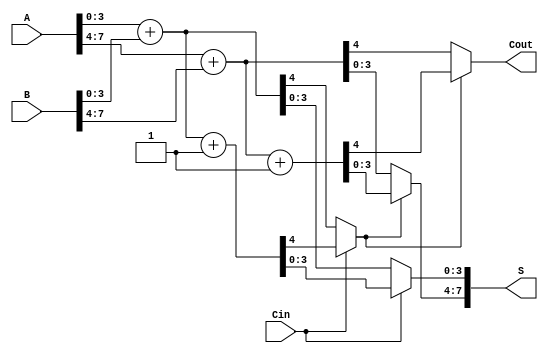
module RCCS_Adder #(
    parameter N = 8, // Total bit width
    parameter GROUP_SIZE = 4 // Group size for carry select
)(
    input [N-1:0] A,
    input [N-1:0] B,
    input Cin,
    output [N-1:0] S,
    output Cout
);
    localparam NUM_GROUPS = N / GROUP_SIZE;

    // Wire declarations for sums and carry outs
    wire [GROUP_SIZE-1:0] Sum0[NUM_GROUPS-1:0];
    wire [GROUP_SIZE-1:0] Sum1[NUM_GROUPS-1:0];
    wire C0[NUM_GROUPS-1:0];
    wire C1[NUM_GROUPS-1:0];
    wire Cout_group[NUM_GROUPS-1:0];

    // Generate each group of adders
    genvar g;
    generate
        for (g = 0; g < NUM_GROUPS; g = g + 1) begin: group
            // Calculate start and end indices for current group
            wire [N-1:0] A_group = A[g*GROUP_SIZE +: GROUP_SIZE];
            wire [N-1:0] B_group = B[g*GROUP_SIZE +: GROUP_SIZE];

            // Full adders for Cin = 0
            assign {C0[g], Sum0[g]} = A_group + B_group;

            // Full adders for Cin = 1
            assign {C1[g], Sum1[g]} = A_group + B_group + 1;

            // Select carry-out for next group
            if (g == 0)
                assign Cout_group[g] = Cin ? C1[g] : C0[g];
            else
                assign Cout_group[g] = Cout_group[g-1] ? C1[g] : C0[g];
        end
    endgenerate

    // Final output selection
    generate
        for (g = 0; g < NUM_GROUPS; g = g + 1) begin: output_mux
            assign S[g*GROUP_SIZE +: GROUP_SIZE] = 
                (g == 0 && Cin) ? Sum1[g] : 
                (g == 0) ? Sum0[g] : 
                (Cout_group[g-1]) ? Sum1[g] : 
                Sum0[g];
        end
    endgenerate

    // Final carry-out
    assign Cout = Cout_group[NUM_GROUPS-1];

endmodule